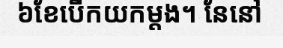
៦ខែបើកយកម្តង។ នែនៅ